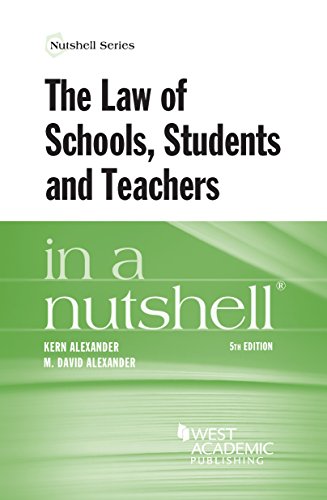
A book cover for The Law of Schools, Students and Teachers in a Nutshell; Kern Alexander; Law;